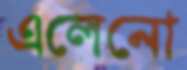
এলেনো